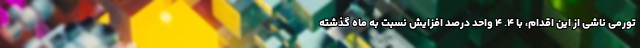
تورمی ناشی از این اقدام، با ۴. ۴ واحد درصد افزایش نسبت به ماه گذشته